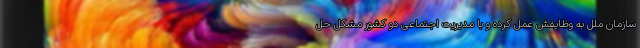
سازمان ملل به وظایفش عمل کرده و با مدیریت اجتماعی دو کشور مشکل حل